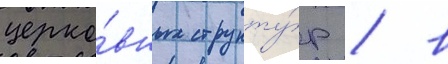
церко́вных структу́р / в